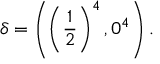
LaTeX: \delta = \left( \left( \frac { 1 } { 2 } \right) ^ { 4 } , 0 ^ { 4 } \right) .